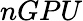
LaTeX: nGPU